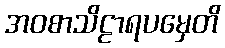
အဝစာသိဠာရပမှေတိ